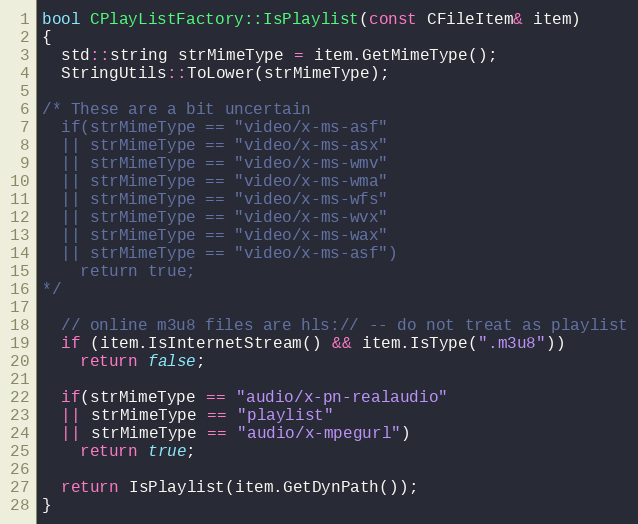
Language: C++
bool CPlayListFactory::IsPlaylist(const CFileItem& item)
{
  std::string strMimeType = item.GetMimeType();
  StringUtils::ToLower(strMimeType);

/* These are a bit uncertain
  if(strMimeType == "video/x-ms-asf"
  || strMimeType == "video/x-ms-asx"
  || strMimeType == "video/x-ms-wmv"
  || strMimeType == "video/x-ms-wma"
  || strMimeType == "video/x-ms-wfs"
  || strMimeType == "video/x-ms-wvx"
  || strMimeType == "video/x-ms-wax"
  || strMimeType == "video/x-ms-asf")
    return true;
*/

  // online m3u8 files are hls:// -- do not treat as playlist
  if (item.IsInternetStream() && item.IsType(".m3u8"))
    return false;

  if(strMimeType == "audio/x-pn-realaudio"
  || strMimeType == "playlist"
  || strMimeType == "audio/x-mpegurl")
    return true;

  return IsPlaylist(item.GetDynPath());
}